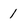
Character: 1